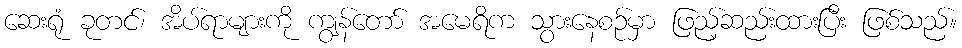
ဆေးရုံ ခုတင်၊ အိပ်ရာများကို ကျွန်တော် အမေရိက သွားနေစဉ်မှာ ဖြည့်ဆည်းထားပြီး ဖြစ်သည်။